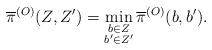
LaTeX: \begin{align*}\overline{\pi}^{(O)}(Z,Z^\prime) = \min\limits_{\substack{b \in Z \\ b^{\prime} \in Z^{\prime}}} \overline{\pi}^{(O)}(b , b^{\prime}).\end{align*}